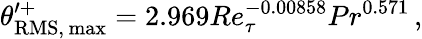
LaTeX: \theta_{\mathrm{RMS,\, max}}^{\prime+}=2.969Re_{\tau}^{-0.00858}Pr^{0.571}\, ,